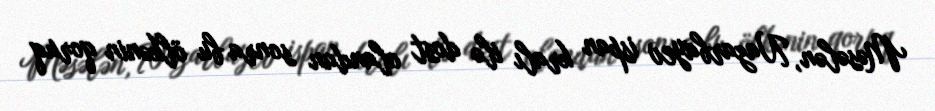
Məsələn, Nazarbayev ispan kralı ilə dost olandan sonra bu ölkənin qoruq